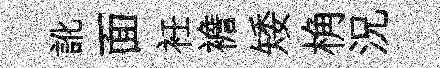
訛面衽襜矮桷況